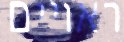
ראויים